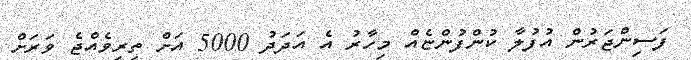
ފަސިންޖަރުން އުުފުލާ ކުންފުންޏެއް މިހާރު އެ އަދަދު 5000 އަށް ތިރިވެއްޖެ ވަރަށް